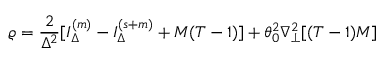
\varrho = \frac { 2 } { \Delta ^ { 2 } } [ I _ { \Delta } ^ { ( m ) } - I _ { \Delta } ^ { ( s + m ) } + M ( T - 1 ) ] + \theta _ { 0 } ^ { 2 } \nabla _ { \perp } ^ { 2 } [ ( T - 1 ) M ]